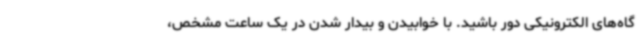
گاه‌های الکترونیکی دور باشید. با خوابیدن و بیدار شدن در یک ساعت مشخص،